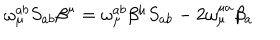
\omega _ { \mu } ^ { a b } S _ { a b } \beta ^ { \mu } = \omega _ { \mu } ^ { a b } \beta ^ { \mu } S _ { a b } - 2 \omega _ { \mu } ^ { \mu a } \beta _ { a }